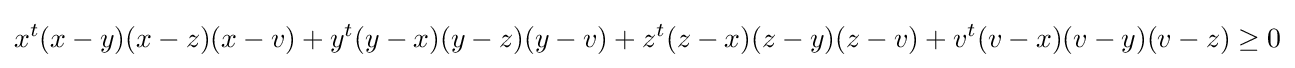
x^{t}(x-y)(x-z)(x-v)+y^{t}(y-x)(y-z)(y-v)+z^{t}(z-x)(z-y)(z-v)+v^{t}(v-x)(v-y)(v-z)\geq 0